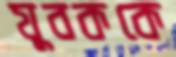
যুবককে